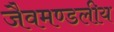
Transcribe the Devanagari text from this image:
जैवमण्डलीय